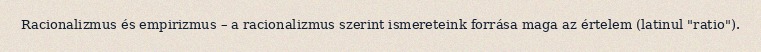
Racionalizmus és empirizmus – a racionalizmus szerint ismereteink forrása maga az értelem (latinul "ratio").